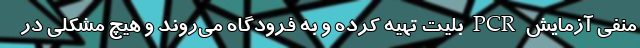
منفی آزمایش PCR بلیت تهیه کرده و به فرودگاه می‌روند و هیچ مشکلی در